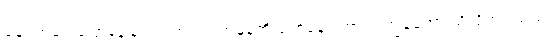
ချောက်ချားပြောနေခြင်း မဟုတ်ပဲ အမှန်ကို ပြောနေကြောင်း ကျွန်တော် သိလိုက်ပါသည်။